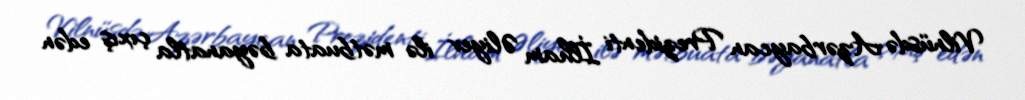
Vilnüsdə Azərbaycan Prezidenti İlham Əliyev ilə mətbuata bəyanatla çıxış edən